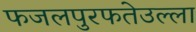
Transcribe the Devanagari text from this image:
फजलपुरफतेउल्ला